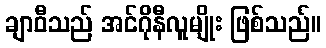
ချာဝီသည် အင်ဂိုနီလူမျိုး ဖြစ်သည်။